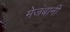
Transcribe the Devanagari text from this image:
मेजंबानी